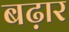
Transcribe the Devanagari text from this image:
बढ़ार